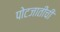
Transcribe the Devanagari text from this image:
पोटजातींची